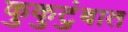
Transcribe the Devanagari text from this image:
कुकुटुंबात